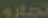
تجارو